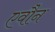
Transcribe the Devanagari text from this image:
एवौन